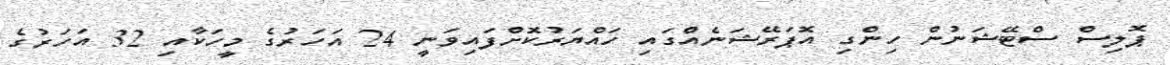
ޕޮލިސް ސްޓޭޝަނުން ހިންގި އޮޕަރޭޝަނެއްގައި ހައްޔަރުކޮށްފައިވަނީ 24 އަހަރުގެ މީހަކާއި 32 އަހަރުގެ